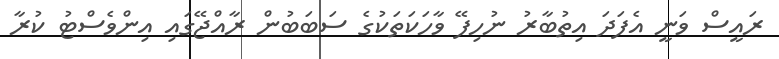
ރައީސް ވަނީ އެފަދަ އިތުބާރު ނުހިފޭ ވާހަކަތަކުގެ ސަބަބުން ރާއްޖޭގައި އިންވެސްޓު ކުރާ